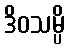
ဒိဝသမ္ပိ